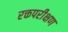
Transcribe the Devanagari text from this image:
रक्तपरीक्षण